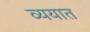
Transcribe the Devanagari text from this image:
व्ययात